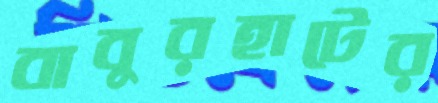
বাবুরহাটের